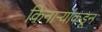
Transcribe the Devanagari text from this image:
किनाऱ्यांकडून